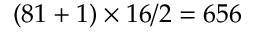
( 8 1 + 1 ) \times 1 6 / 2 = 6 5 6